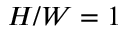
H / W = 1